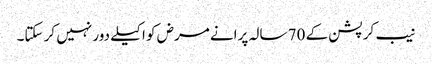
نیب کرپشن کے 70 سالہ پرانے مرض کو اکیلے دور نہیں کر سکتا۔